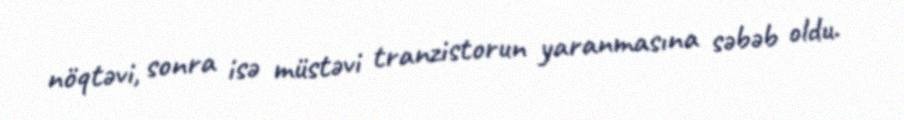
nöqtəvi, sonra isə müstəvi tranzistorun yaranmasına səbəb oldu.